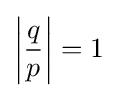
\left|{\frac {q}{p}}\right|=1